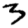
Digit: 3